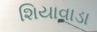
શિયાવાડા